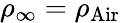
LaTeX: \rho_{\infty}=\rho_{\mathrm{{Air}}}